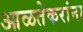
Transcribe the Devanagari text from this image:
आळतेकरांना